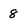
Character: 8